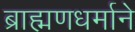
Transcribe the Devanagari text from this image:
ब्राह्मणधर्माने